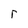
Character: r